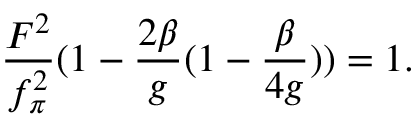
\frac { F ^ { 2 } } { f _ { \pi } ^ { 2 } } ( 1 - \frac { 2 \beta } { g } ( 1 - \frac { \beta } { 4 g } ) ) = 1 .